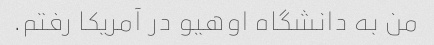
من به دانشگاه اوهیو در آمریکا رفتم.